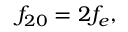
f _ { 2 0 } = 2 f _ { e } ,